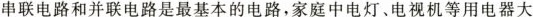
串联电路和并联电路是最基本的电路，家庭中电灯、电视机等用电器大